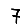
Digit: 7